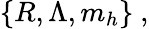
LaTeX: \{ R,\Lambda,m_{h}\} \ ,